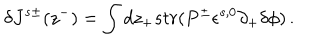
\delta J ^ { s \pm } ( z ^ { - } ) = \int d z _ { + } s t r ( P ^ { \pm } \epsilon ^ { s , 0 } \partial _ { + } \delta \phi ) \, .